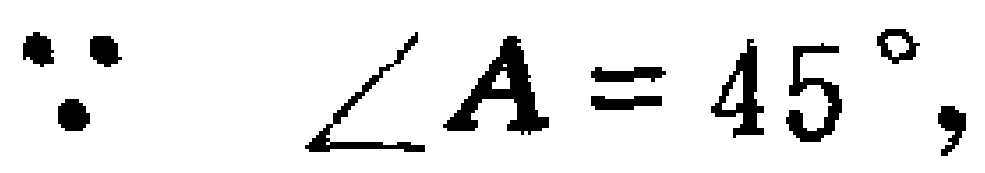
$\because\angle A = 45^{\circ},$